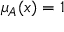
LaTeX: \mu _ { A } ( x ) = 1